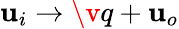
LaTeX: \mathbf{u}_{i}\rightarrow\v q+\mathbf{u}_{o}